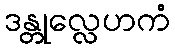
ဒန္တုလ္လေဟကံ